Vabadussoja_Ajaloo_Komitee, lk 110
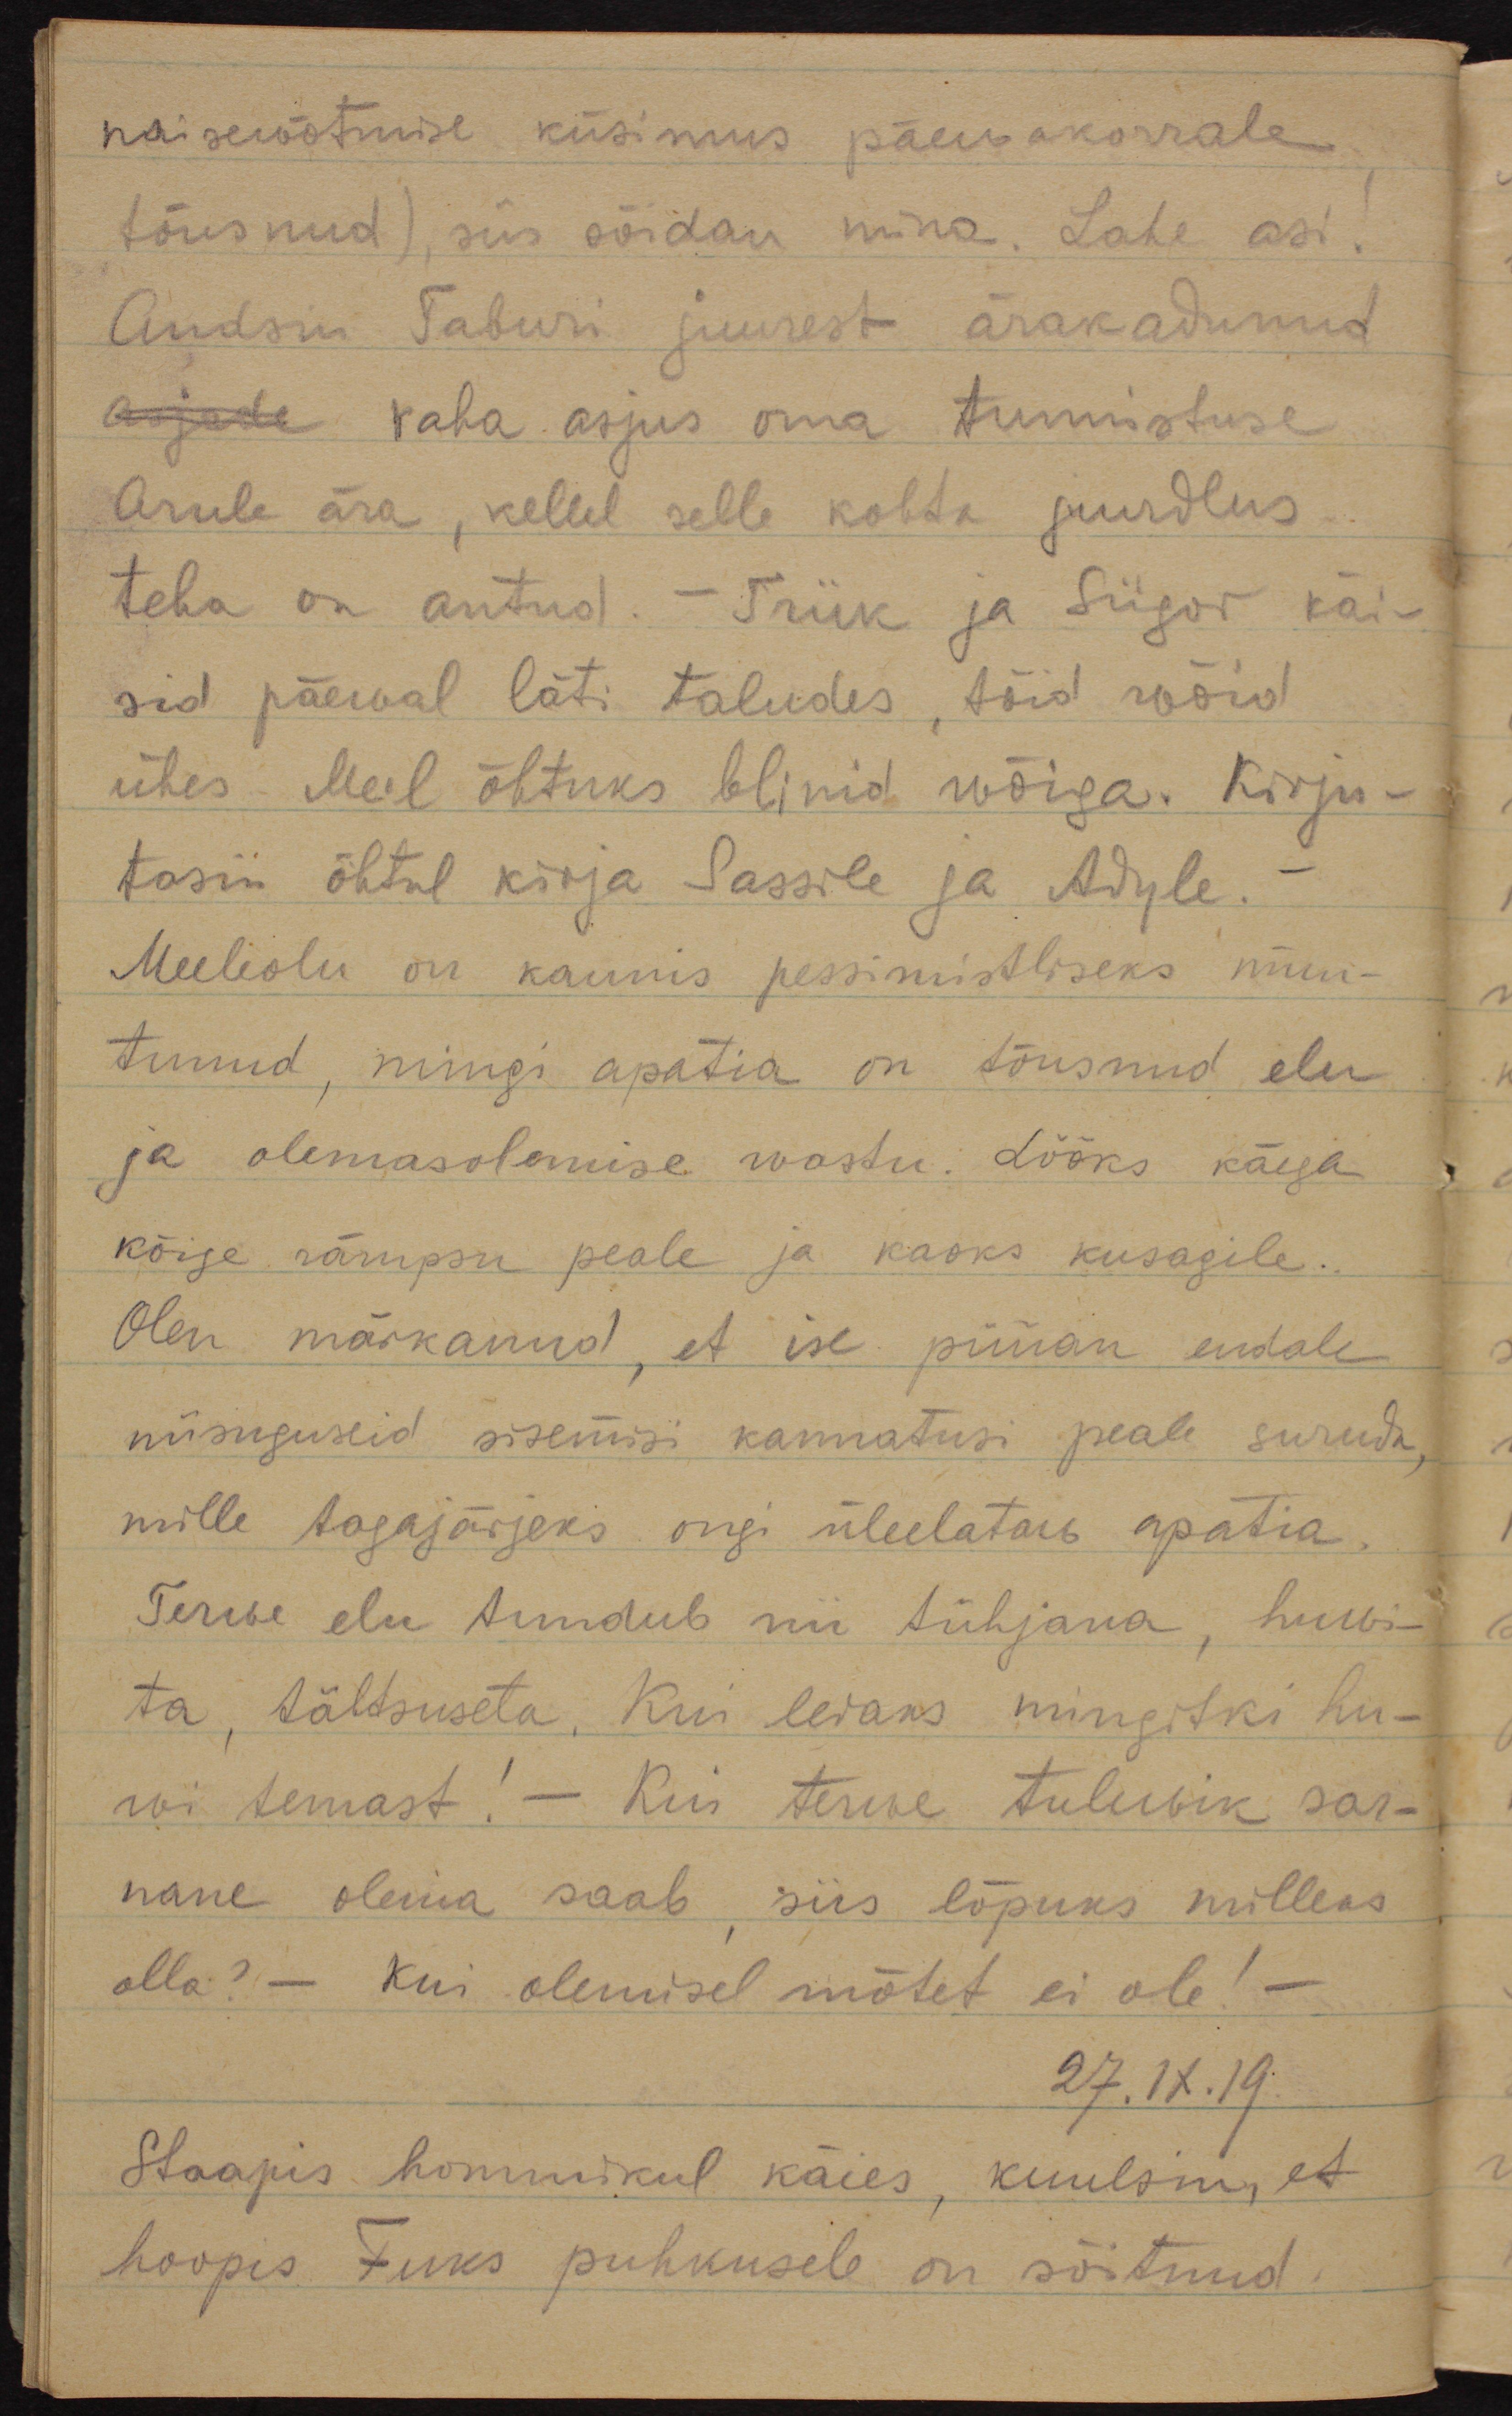
naisewõtmise küsimus päewakorrale 
tõusnud), siis sõidan mina. Lahe asi!
Andsin Taburi juurest ärakadunud
asjade raha asjus oma tunnistuse
Arule ära, kellel selle kohta juurdlus 
teha on antud. Triik ja Siigor käi-
sid päewal läti taludes, tõid wõid
ühes. Meil õhtuks blinid wõiga. Kirju-
tasin õhtul kirja Sassile ja Adyle.
Meeleolu on kaunis pessimistliseks muu-
tunud, mingi apatia on tõusnud elu
ja olemasolemise wastu. Lööks käega
kõige rämpsu peale ja kaoks kusagile..
Olen märkanud, et ise püüan endale
niisuguseid sisemisi kannatusi peale suruda,
mille tagajärjeks ongi üleelataw apatia.
Terwe elu tundub nii tühjana, huwi-
ta, tähtsusetu. Kui leiaks mingitki hu-
wi temast! Kui terwe tulewik sar-
nane olema saab, siis lõpuks milleks
olla? Kui olemisel mõtet ei ole!
27.IX.19
Staapis hommikul käies, kuulsin, et
hoopis Fuks puhkusele on sõitnud.